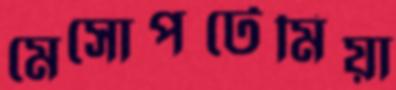
মেসোপটেমিয়া